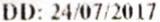
DD: 24/07/2017